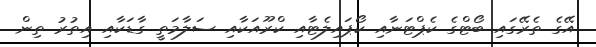
އޭގެ ތެރޭގައި ބޯޓްގެ ކެޕްޓަނާއި ކޯޕައިލެޓާއި ކްރޫއަކާއި ސަލާމަތީ ގާޑަކާއި އިތުރު ތިން